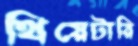
থিয়েটারি